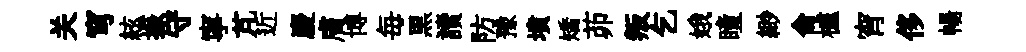
关穹絃振守寧芃近慶膚博毎黒讀防豫墳矯茆叛乞娥瞳緲侖櫨宵侈暢